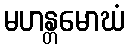
မဟန္တမောဃံ